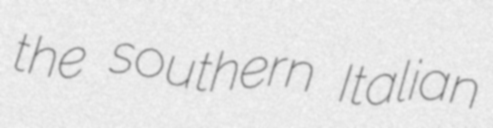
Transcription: the southern Italian